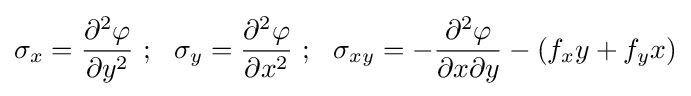
\sigma _{x}={\frac {\partial ^{2}\varphi }{\partial y^{2}}}~;~~\sigma _{y}={\frac {\partial ^{2}\varphi }{\partial x^{2}}}~;~~\sigma _{xy}=-{\frac {\partial ^{2}\varphi }{\partial x\partial y}}-(f_{x}y+f_{y}x)